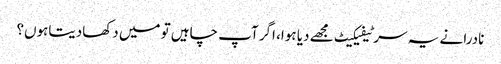
نادرا نے یہ سرٹیفیکیٹ مجھے دیا ہوا، اگر آپ چاہیں تو میں دکھادیتاہوں؟